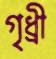
গৃধ্রী